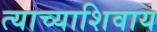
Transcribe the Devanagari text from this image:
त्याच्याशिवाय